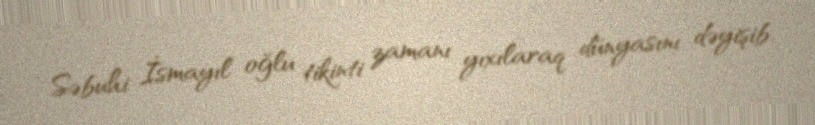
Səbuhi İsmayıl oğlu tikinti zamanı yıxılaraq dünyasını dəyişib.